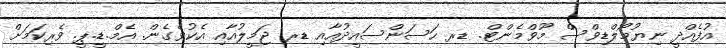
އުފެއްދީ ނިޔުމޯލްޑިވްސް މޫވްމެންޓް. ޑރ ހަސަންސައީދުއާއި ޑރ ޖަމީލުއާއި އެކުވެގެން. އެމް.ޑީ.ޕީ. ވެރިކަމަށް